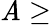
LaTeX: \mathit{A}\ge